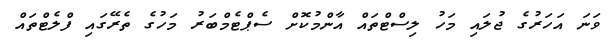
ވަނަ އަހަރުގެ ޖުލައި މަހު ލިސްޓްތައް އާންމުކޮށް ސެޕްޓެމްބަރު މަހުގެ ތެރޭގައި ފްލެޓްތައް